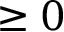
\ge 0